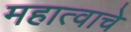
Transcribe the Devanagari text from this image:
महात्वाचे